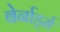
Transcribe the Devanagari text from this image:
बेर्नार्ड्स